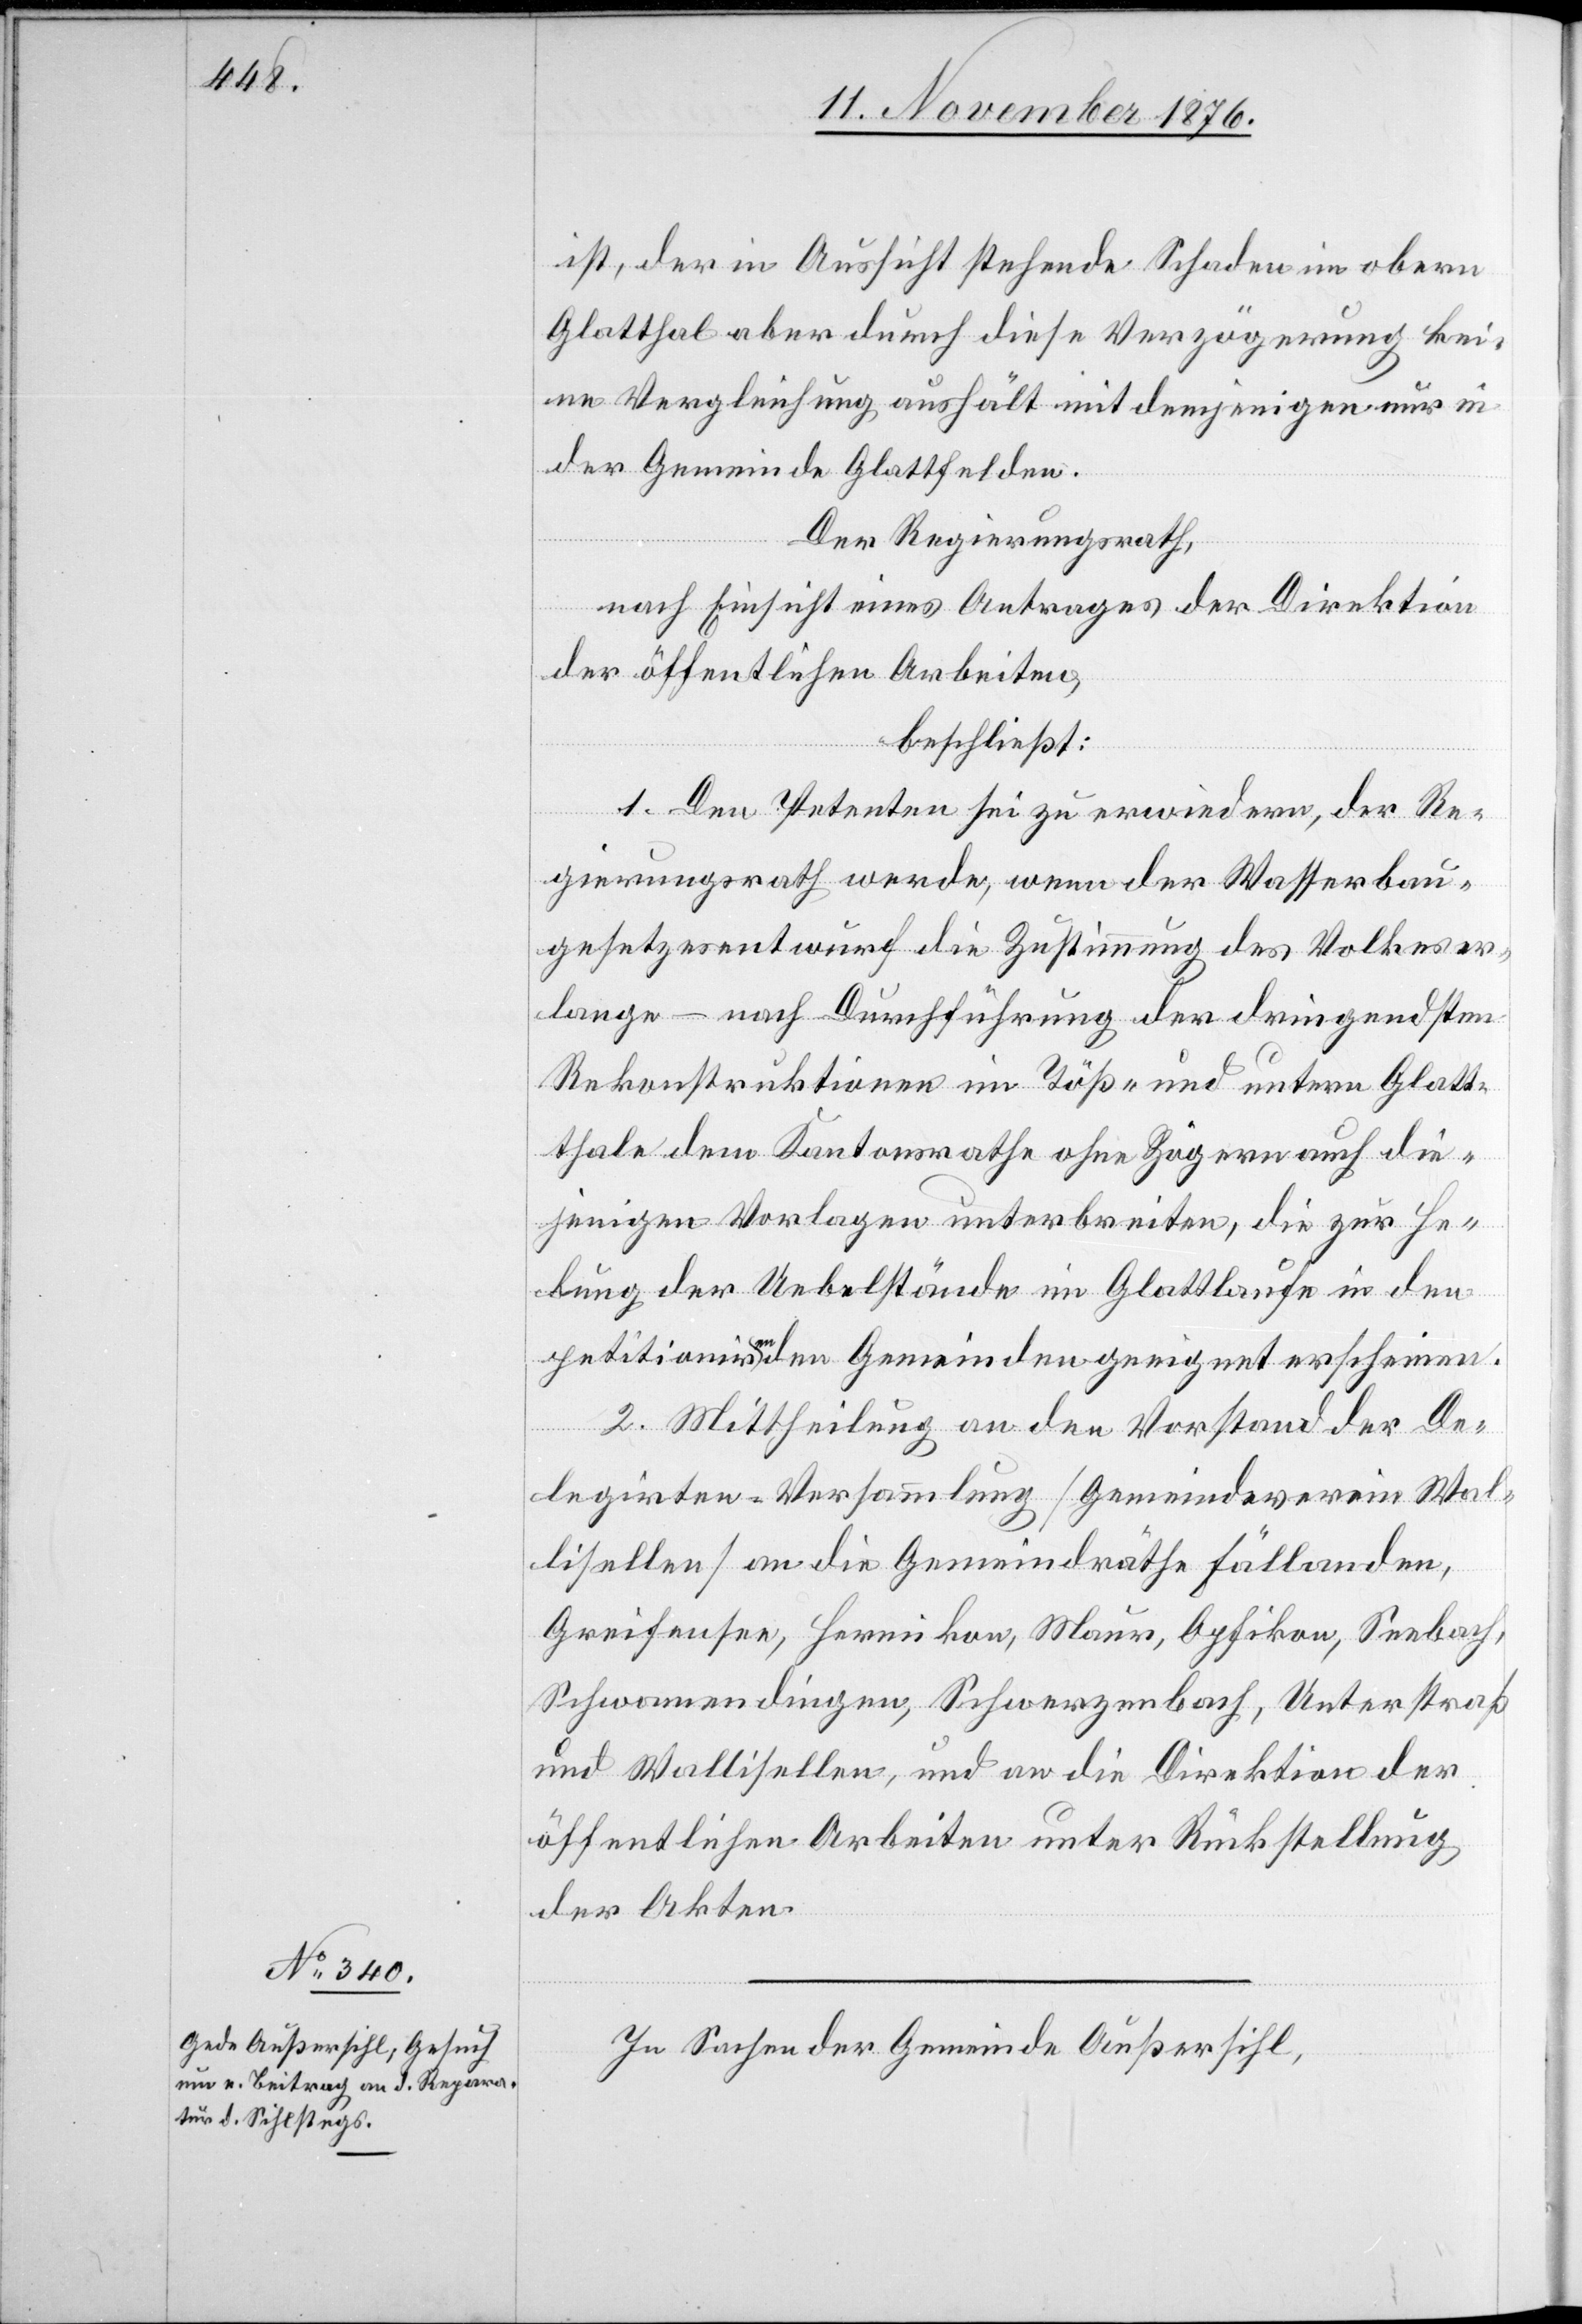
ist, der in Aussicht stehende Schaden im obern
Glatthal aber durch diese Verzögerung kei¬
ne Vergleichung aushält mit demjenigen nur in
der Gemeinde Glattfelden.
Der Regierungsrath,
nach Einsicht eines Antrages der Direktion
der öffentlichen Arbeiten,
beschließt:
1. Den Petenten zu erwiedern, der Re¬
gierungsrath werde, wenn der Wasserbau¬
gesetzesentwurf die Zustimmung des Volkes er¬
lange – nach Durchführung der dringendsten
Rekonstruktionen im Töß- und untern Glatt¬
thale dem Kantonsrathe ohne Zögern auch die¬
jenigen Vorlagen unterbreiten, die zur He¬
bung der Uebelstände im Glattlaufe in den
petitionirenden Gemeinden geeignet erscheinen.
2. Mittheilung an den Vorstand der De¬
legirten-Versammlung [Gemeindeverein Wal¬
lisellen] an die Gemeindräthe Fällanden,
Greifensee, Hermikon, Maur, Opfikon, Seebach,
Schwamendingen, Schwarzenbach, Unterstraß
und Wallisellen, und an die Direktion der
öffentlichen Arbeiten unter Rückstellung
der Akten.
In Sachen der Gemeinde Außersihl,